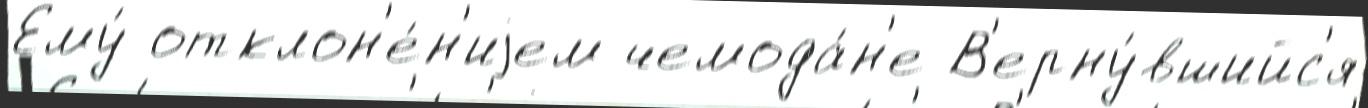
Ему́ отклон'е́н'иjем чемода́н'е В'ерну́вшийс'я